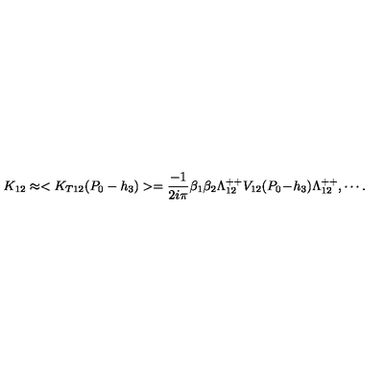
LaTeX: K _ { 1 2 } \approx < K _ { T 1 2 } ( P _ { 0 } - h _ { 3 } ) > = { \frac { - 1 } { 2 i \pi } } \beta _ { 1 } \beta _ { 2 } \Lambda _ { 1 2 } ^ { + + } V _ { 1 2 } ( P _ { 0 } \! - \! h _ { 3 } ) \Lambda _ { 1 2 } ^ { + + } , \cdots .